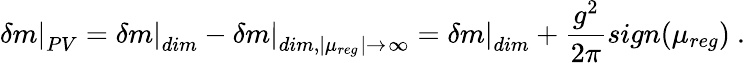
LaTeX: \left.\delta m\right\vert_{PV}=\left.\delta m\right\vert_{dim}-\left.\delta m\right\vert_{dim,\mid\mu_{reg}\mid\to\infty}=\left.\delta m\right\vert_{dim}+\frac{g^{2}}{2\pi}sign(\mu_{reg})\ .